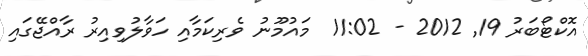
އޮކްޓޯބަރު 19